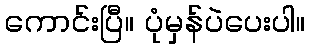
ကောင်းပြီ။ ပုံမှန်ပဲပေးပါ။